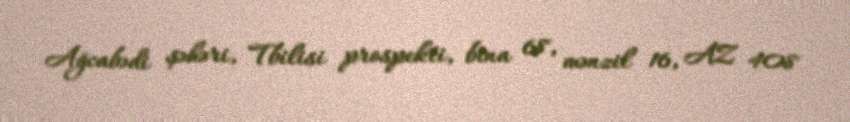
Ağcabədi şəhəri, Tbilisi prospekti, bina 68, mənzil 16, AZ 408